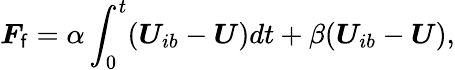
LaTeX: \boldsymbol{F}_{\mathsf{f}}=\alpha\int_{0}^{t}(\boldsymbol{U}_{ib}-\boldsymbol{U})dt+\beta(\boldsymbol{U}_{ib}-\boldsymbol{U}),